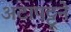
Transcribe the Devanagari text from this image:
अटापट्टूने